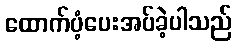
ထောက်ပံ့ပေးအပ်ခဲ့ပါသည်